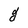
Character: g